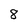
Character: 8